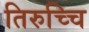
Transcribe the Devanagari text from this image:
तिरुच्चि